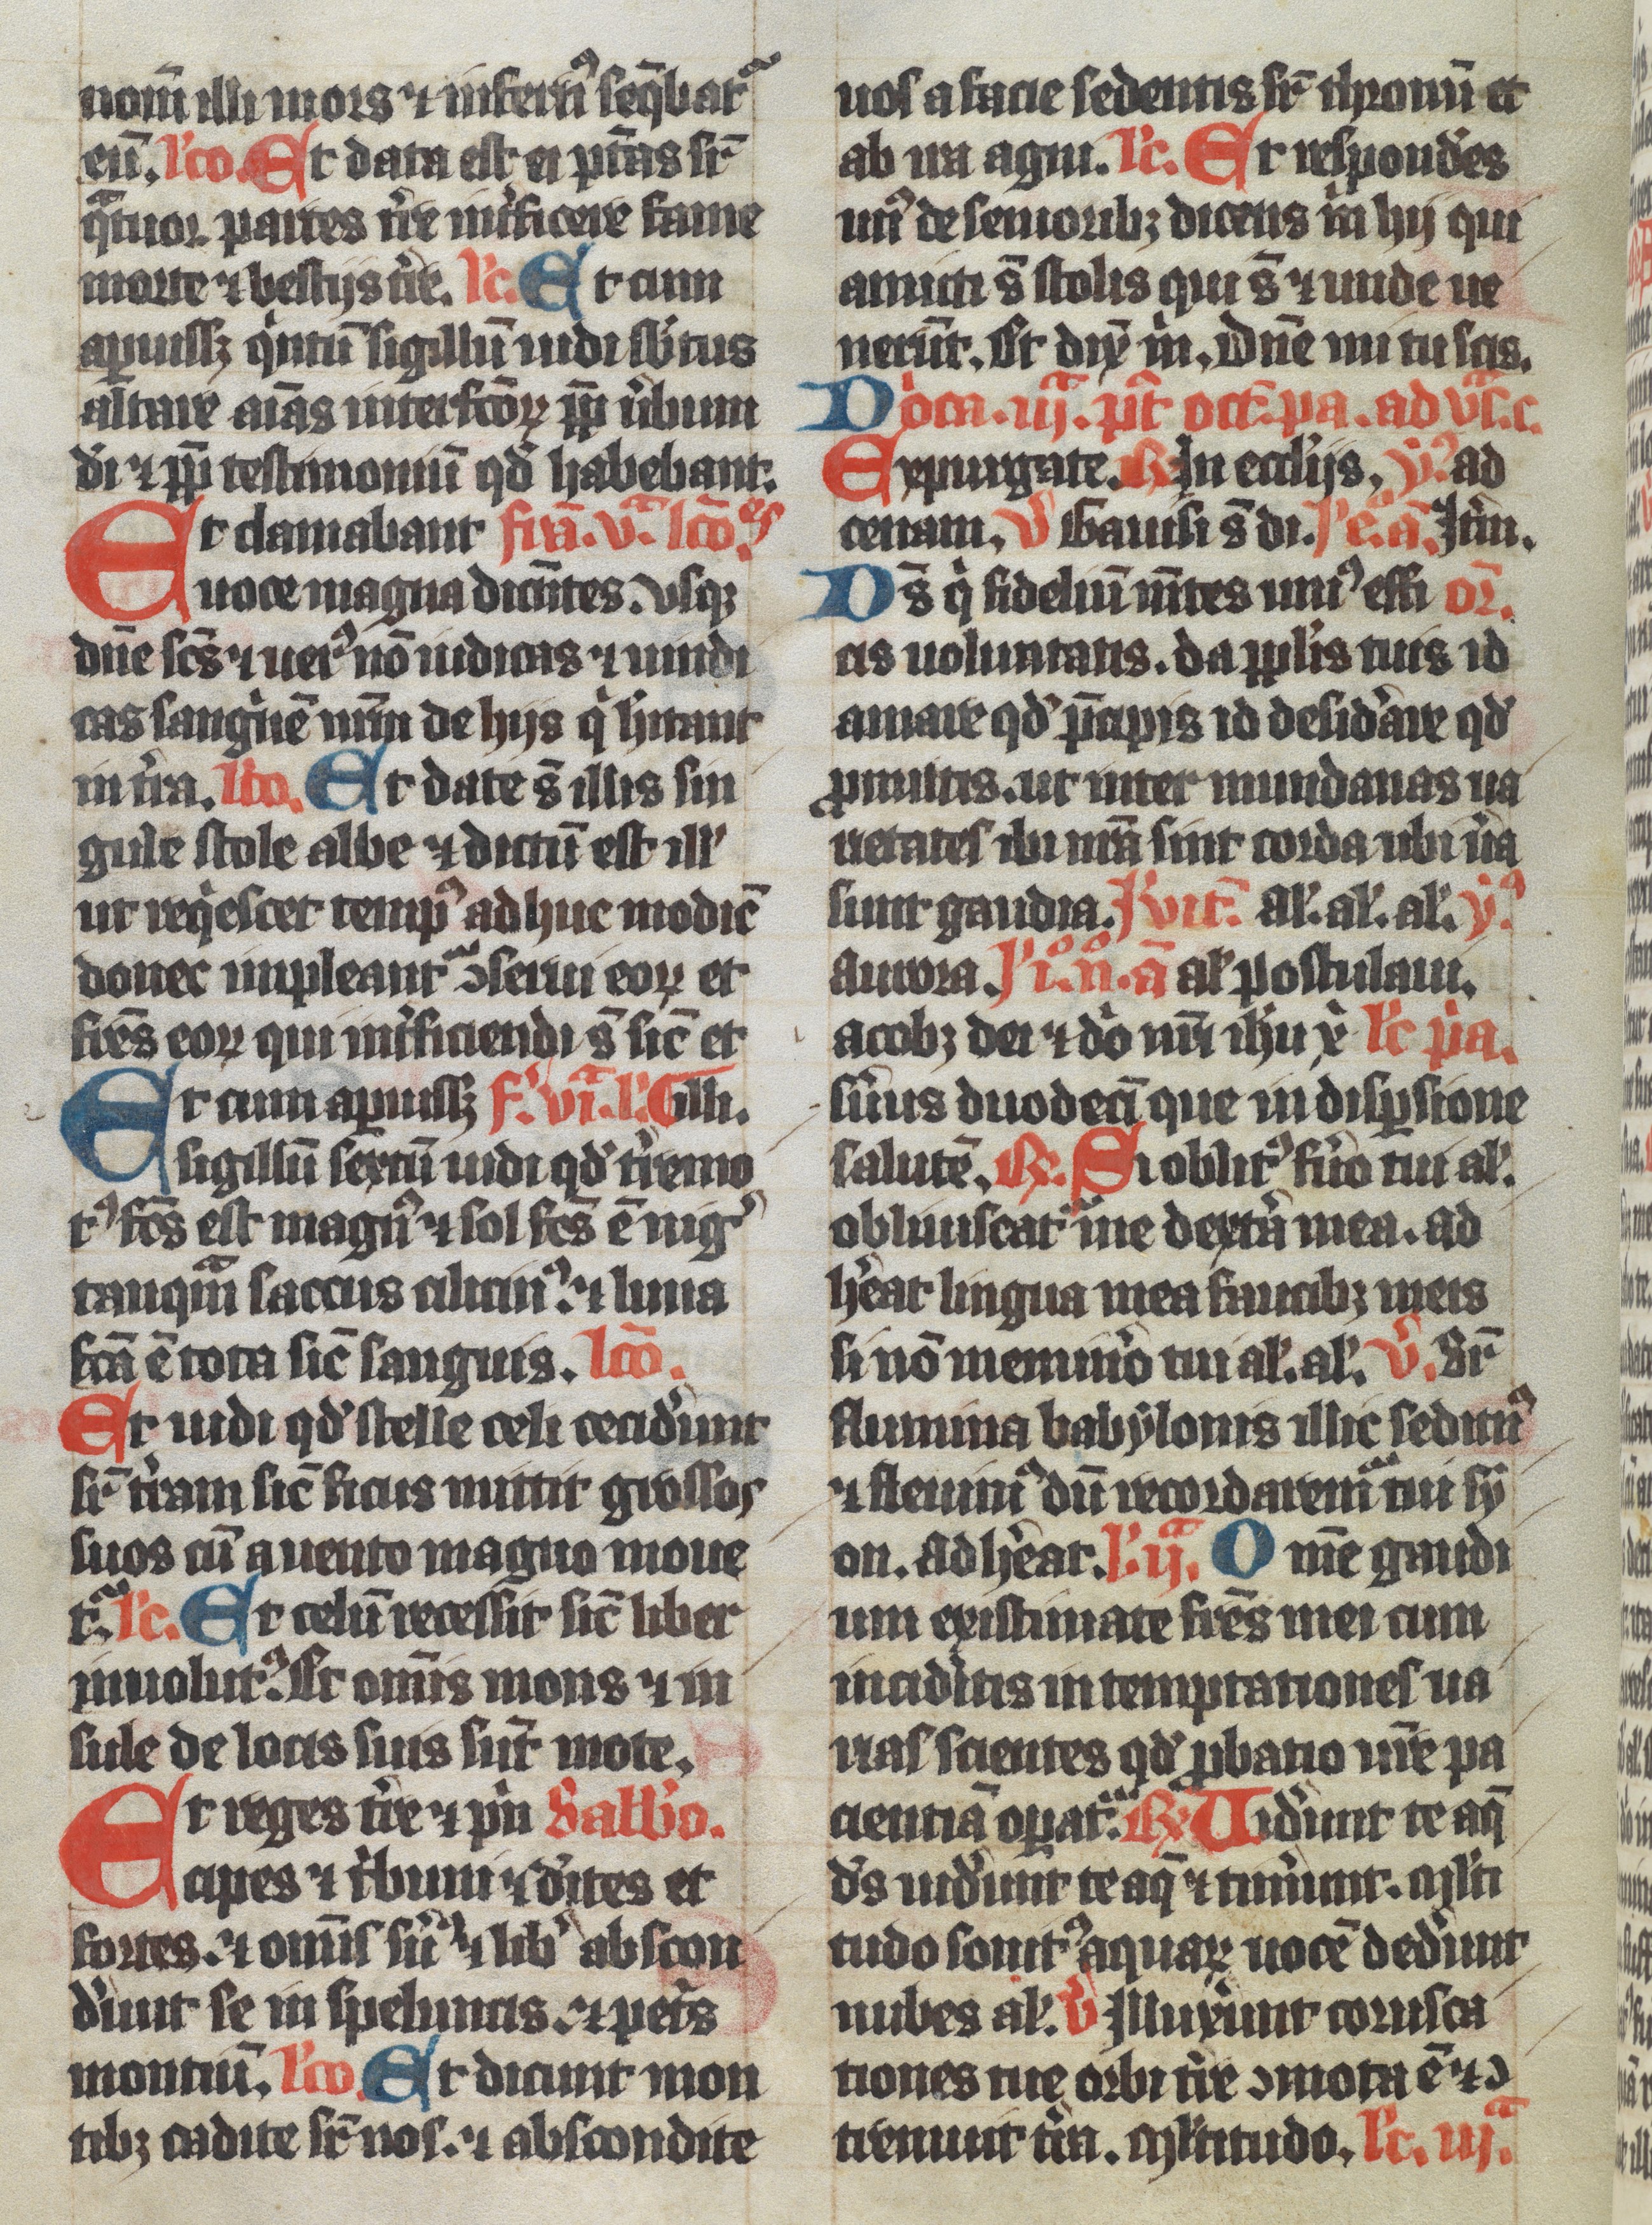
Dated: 1350–1399